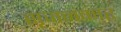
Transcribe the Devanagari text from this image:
सृजनकार